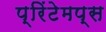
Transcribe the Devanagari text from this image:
प्रिंटेमप्स